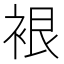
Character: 裉